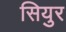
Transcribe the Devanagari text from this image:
सियुर